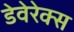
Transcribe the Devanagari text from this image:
डेवेरेक्स